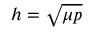
h = { \sqrt { \mu p } }